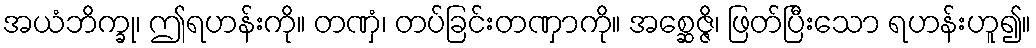
အယံဘိက္ခု၊ ဤရဟန်းကို။ တဏှံ၊ တပ်ခြင်းတဏှာကို။ အစ္ဆေဇ္ဇိ၊ ဖြတ်ပြီးသော ရဟန်းဟူ၍။